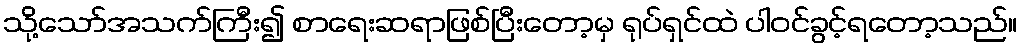
သို့သော်အသက်ကြီး၍ စာရေးဆရာဖြစ်ပြီးတော့မှ ရုပ်ရှင်ထဲ ပါဝင်ခွင့်ရတော့သည်။